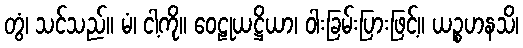
တွံ၊ သင်သည်။ မံ၊ ငါ့ကို။ ဝေဠုယဋ္ဌိယာ၊ ဝါးခြမ်းပြားဖြင့်။ ယဉ္စဟနသိ၊